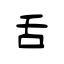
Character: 舌